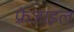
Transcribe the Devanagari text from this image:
फ़्रेजाइल